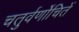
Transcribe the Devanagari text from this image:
चतुर्वर्णोचितें